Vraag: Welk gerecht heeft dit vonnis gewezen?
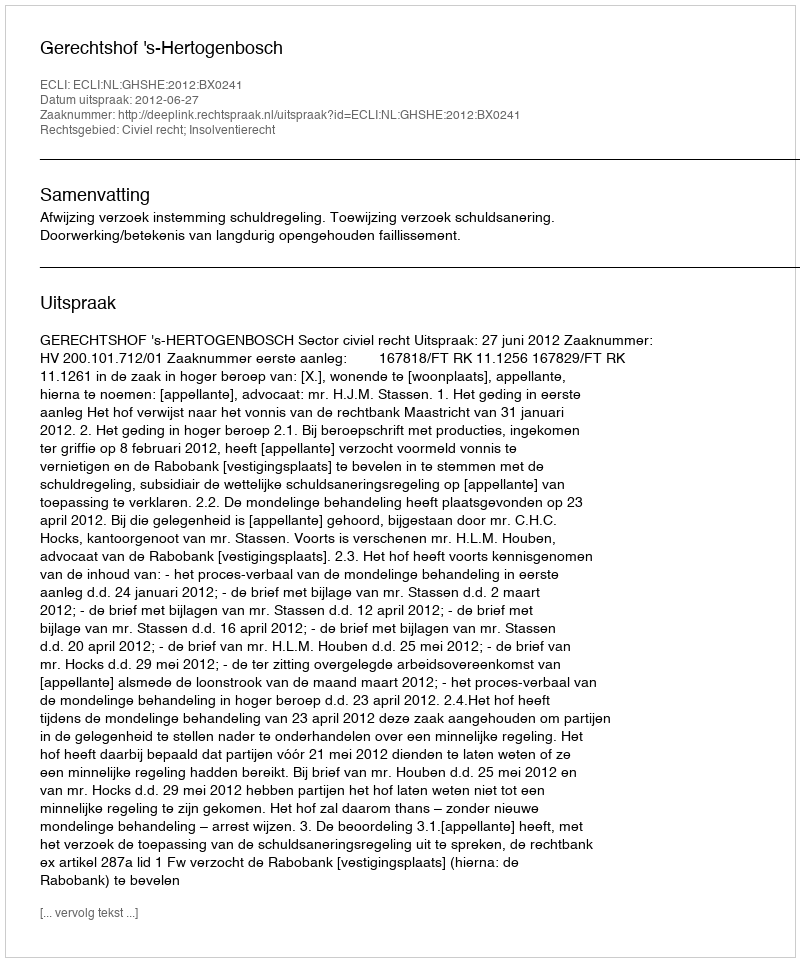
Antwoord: Gerechtshof 's-Hertogenbosch